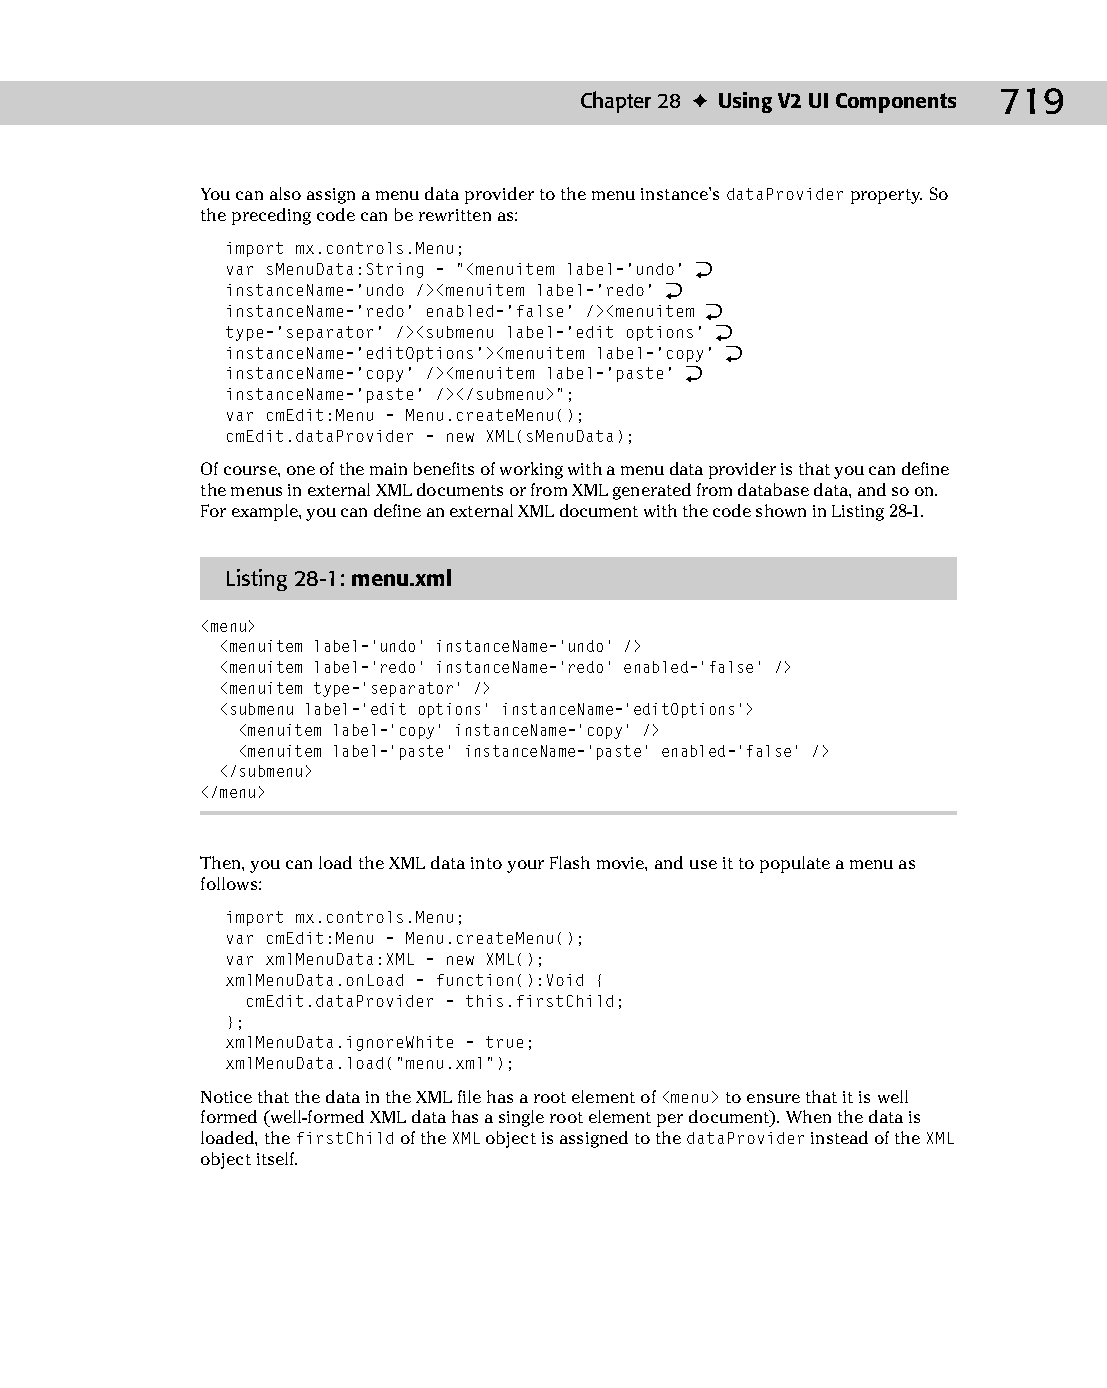
37 543547 ch28.qxd 3/24/04 4:08 PM Page 719
 Chapter 28 ✦ Using V2 UI Components 719
 You can also assign a menu data provider to the menu instance’s dataProvider property. So
 the preceding code can be rewritten as:
 import mx.controls.Menu;
 var sMenuData:String = “<menuitem label=’undo’ Æ
 instanceName=’undo /><menuitem label=’redo’ Æ
 instanceName=’redo’ enabled=’false’ /><menuitem Æ
 type=’separator’ /><submenu label=’edit options’ Æ
 instanceName=’editOptions’><menuitem label=’copy’ Æ
 instanceName=’copy’ /><menuitem label=’paste’ Æ
 instanceName=’paste’ /></submenu>”;
 var cmEdit:Menu = Menu.createMenu();
 cmEdit.dataProvider = new XML(sMenuData);
 Of course, one of the main benefits of working with a menu data provider is that you can define
 the menus in external XML documents or from XML generated from database data, and so on.
 For example, you can define an external XML document with the code shown in Listing 28-1.
 Listing 28-1: menu.xml
 <menu>
 <menuitem label=’undo’ instanceName=’undo’ />
 <menuitem label=’redo’ instanceName=’redo’ enabled=’false’ />
 <menuitem type=’separator’ />
 <submenu label=’edit options’ instanceName=’editOptions’>
 <menuitem label=’copy’ instanceName=’copy’ />
 <menuitem label=’paste’ instanceName=’paste’ enabled=’false’ />
 </submenu>
 </menu>
 Then, you can load the XML data into your Flash movie, and use it to populate a menu as
 follows:
 import mx.controls.Menu;
 var cmEdit:Menu = Menu.createMenu();
 var xmlMenuData:XML = new XML();
 xmlMenuData.onLoad = function():Void {
 cmEdit.dataProvider = this.firstChild;
 };
 xmlMenuData.ignoreWhite = true;
 xmlMenuData.load(“menu.xml”);
 Notice that the data in the XML file has a root element of <menu> to ensure that it is well
 formed (well-formed XML data has a single root element per document). When the data is
 loaded, the firstChild of the XML object is assigned to the dataProvider instead of the XML
 object itself.